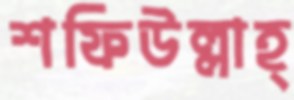
শফিউল্লাহ্